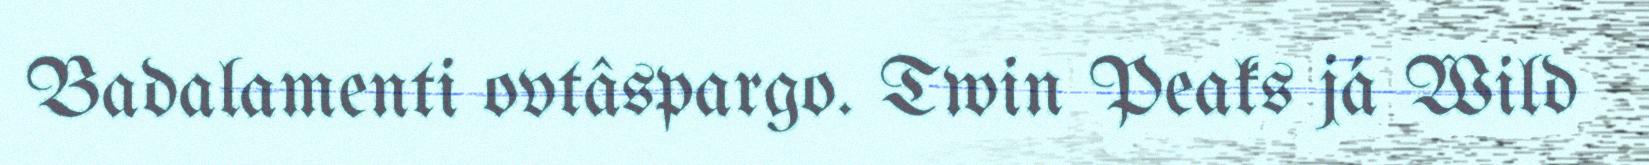
Badalamenti ovtâspargo. Twin Peaks já Wild